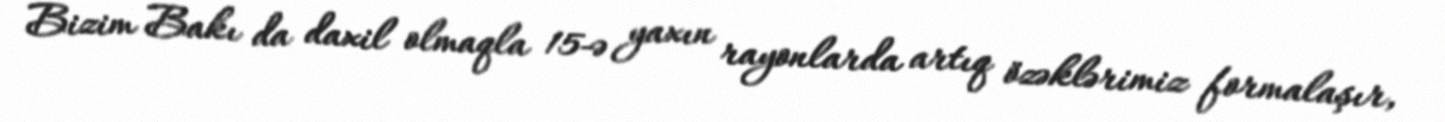
Bizim Bakı da daxil olmaqla 15-ə yaxın rayonlarda artıq özəklərimiz formalaşır,